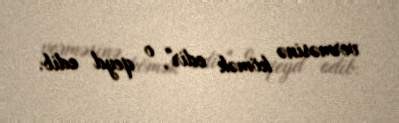
verməsinə kömək edir", o qeyd edib.